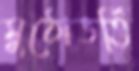
মুঠোভর্তি